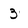
Character: 3